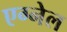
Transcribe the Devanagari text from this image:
एग्नेल